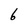
Character: 6